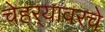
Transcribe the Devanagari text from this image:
चेहर्‍यावरचे